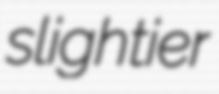
slightier